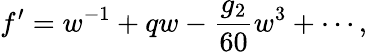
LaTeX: f^{\prime}=w^{-1}+qw-\frac{g_{2}}{60}w^{3}+\cdots,